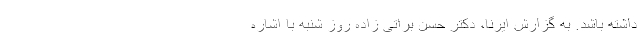
داشته باشد. به گزارش ایرنا، دکتر حسن براتی زاده روز شنبه با اشاره